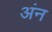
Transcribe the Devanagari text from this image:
अंन